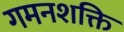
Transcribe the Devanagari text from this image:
गमनशक्ति